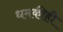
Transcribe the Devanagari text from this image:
धमकीही